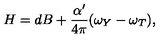
H = d B + \frac { \alpha ^ { \prime } } { 4 \pi } ( \omega _ { Y } - \omega _ { T } ) ,